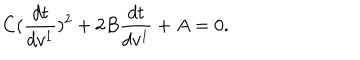
C ( \frac { d t } { d v ^ { 1 } } ) ^ { 2 } + 2 B \frac { d t } { d v ^ { 1 } } + A = 0 .